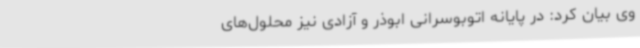
وی بیان کرد: در پایانه‌ اتوبوسرانی‌ ابوذر و آزادی‌ نیز محلول‌های‌